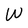
Character: W